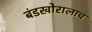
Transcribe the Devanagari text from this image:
बंडखोरालाच